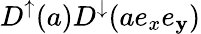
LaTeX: D^{\uparrow}(a)D^{\downarrow}(ae_{x}e_{\mathbf{y}})